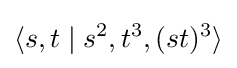
\langle s,t\mid s^{2},t^{3},(st)^{3}\rangle